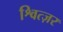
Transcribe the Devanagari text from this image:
श्वित्ज़र